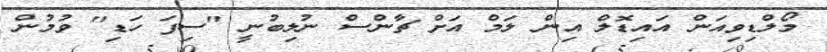
މޯލްޑިވިއަން އައިޑޮލް އިން ލަމް އަށް ޗާންސް ނުލިބުނީ "ސިފަ ހަޑި" ވުމުން